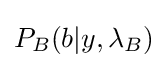
P_{B}(b|y,\lambda _{B})